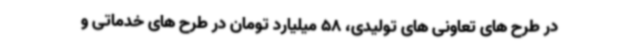
در طرح های تعاونی های تولیدی، 58 میلیارد تومان در طرح های خدماتی و